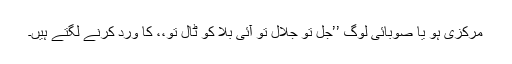
مرکزی ہو یا صوبائی لوگ ’’جل تو جلال تو آئی بلا کو ٹال تو،، کا ورد کرنے لگتے ہیں۔